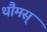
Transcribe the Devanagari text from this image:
थौमस्